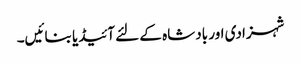
شہزادی اور بادشاہ کے لئے آئیڈیا بنائیں۔